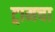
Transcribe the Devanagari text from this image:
ट्रामचा